Report of the Municipal Commissioner on the plague in Bombay for the year ending 31st May... - Volume 3
Disease focus: Plague
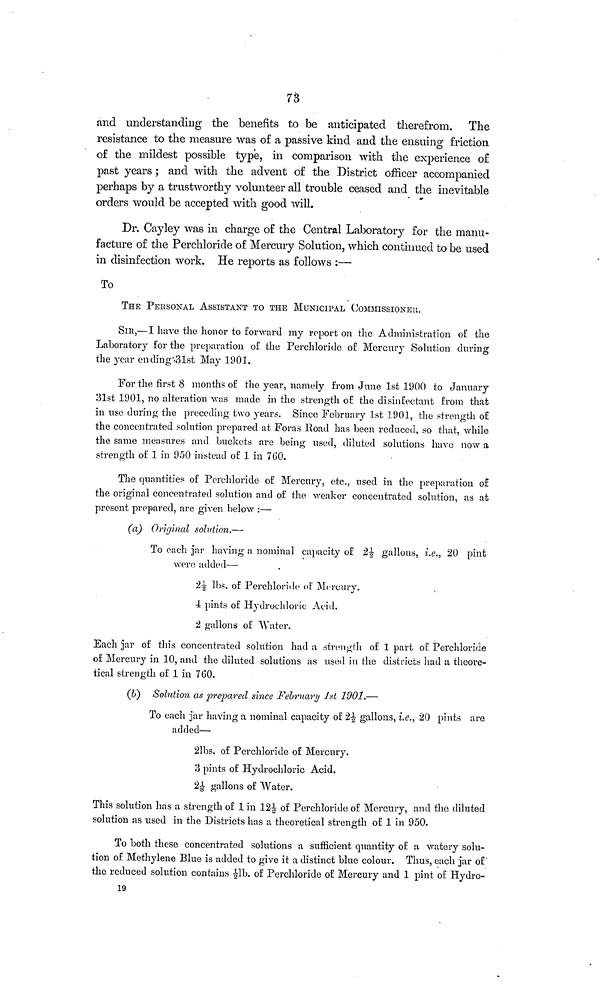
73
and understanding the benefits to be anticipated therefrom.
The
resistance to the measure was of a passive kind and the ensuing friction
of the mildest possible type, in comparison with the experience of
past years ; and with the advent of the District officer accompanied
perhaps by a trustworthy volunteer all trouble ceased and the inevitable
orders would be accepted with good will.
Dr. Cayley was in charge of the Central Laboratory for the manu-
facture of the Perchloride of Mercury Solution, which continued to be used
in disinfection work. He reports as follows :—
To
THE PERSONAL ASSISTANT TO THE MUNICIPAL COMMISSIONER.
SIR,—I have the honor to forward my report on the Administration of the
Laboratory for the preparation of the Perchloride of Mercury Solution during
the year ending 31st May 1901.
For the first 8 months of the year, namely from June 1st 1900 to January
31st 1901, no alteration was made in the strength of the disinfectant from that
in use during the preceding two years. Since February 1st 1901, the strength of
the concentrated solution prepared at Foras Road has been reduced, so that, while
the same measures and buckets are being used, diluted solutions have now a
strength of 1 in 950 instead of 1 in 760.
The quantities of Perchloride of Mercury, etc., used in the preparation of
the original concentrated solution and of the weaker concentrated solution, as at
present prepared, are given below :—
(a) Original solution.—
To each jar having a nominal capacity of 2 1/2 gallons, i.e., 20 pint
were added—
2 1/2 lbs. of Perchloride of Mercury.
4 pints of Hydrochloric Acid.
2 gallons of Water.
Each jar of this concentrated solution had a strength of 1 part of Perchloride
of Mercury in 10, and the diluted solutions as used in the districts had a theore-
tical strength of 1 in 760.
(b) Solution as prepared since February 1st 1901.—
To each jar having a nominal capacity of 2 1/2 gallons, i.e., 20 pints are
added—
21bs. of Perchloride of Mercury.
3 pints of Hydrochloric Acid.
2 1/8 gallons of Water.
This solution has a strength of 1 in 12 1/2 of Perchloride of Mercury, and the diluted
solution as used in the Districts has a theoretical strength of 1 in 950.
To both these concentrated solutions a sufficient quantity of a watery solu-
tion of Methylene Blue is added to give it a distinct blue colour. Thus, each jar of
the reduced solution contains 1/2lb. of Perchloride of Mercury and 1 pint of Hydro-
19